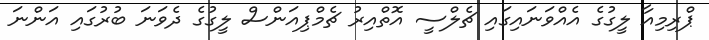
ޕްރިމިއާ ލީގުގެ އެއްވަނައިގައި ޗެލްސީ އޮތްއިރު ޗެމްޕިއަންސް ލީގުގެ ދެވަނަ ބުރުގައި އަންނަ